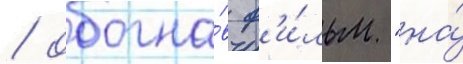
/ обогна́в ф'и́льм "на́